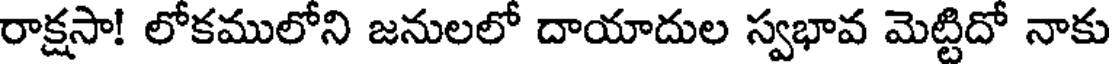
రాక్షసా! లోకములోని జనులలో దాయాదుల స్వభావ మెట్టిదో నాకు